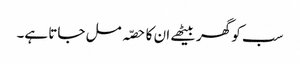
سب کو گھر بیٹھے ان کا حصّہ مل جاتا ہے۔